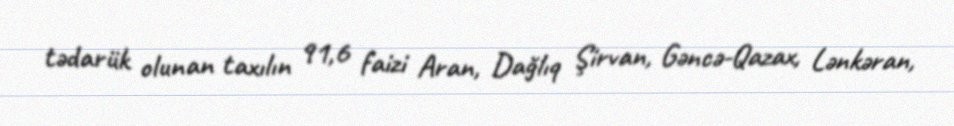
tədarük olunan taxılın 91,6 faizi Aran, Dağlıq Şirvan, Gəncə-Qazax, Lənkəran,